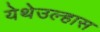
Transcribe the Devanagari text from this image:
येथेउल्हास